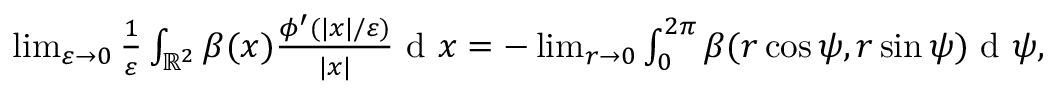
\begin{array} { r } { \operatorname* { l i m } _ { \varepsilon \to 0 } \frac { 1 } { \varepsilon } \int _ { \mathbb { R } ^ { 2 } } \beta ( x ) \frac { \phi ^ { \prime } ( | x | / \varepsilon ) } { | x | } \textrm { d } x = - \operatorname* { l i m } _ { r \to 0 } \int _ { 0 } ^ { 2 \pi } \beta ( r \cos \psi , r \sin \psi ) \textrm { d } \psi , } \end{array}